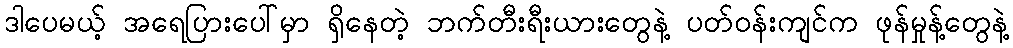
ဒါပေမယ့် အရေပြားပေါ်မှာ ရှိနေတဲ့ ဘက်တီးရီးယားတွေနဲ့ ပတ်ဝန်းကျင်က ဖုန်မှုန့်တွေနဲ့